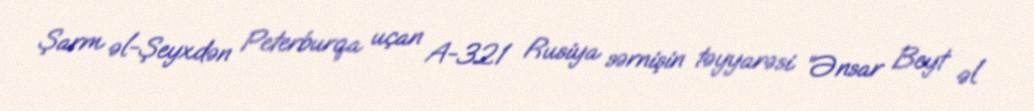
Şarm əl-Şeyxdən Peterburqa uçan A-321 Rusiya sərnişin təyyarəsi “Ənsar Beyt əl